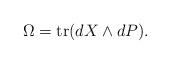
LaTeX: \begin{align*}\Omega=\operatorname{tr}(dX\wedge dP).\end{align*}